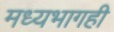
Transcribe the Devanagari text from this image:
मध्यभागही